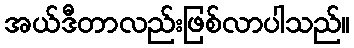
အယ်ဒီတာလည်းဖြစ်လာပါသည်။